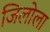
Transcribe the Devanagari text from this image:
जिलोला